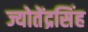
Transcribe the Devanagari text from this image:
ज्योतेंद्रसिंह